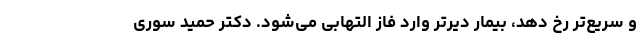
و سریع‌تر رخ دهد، بیمار دیرتر وارد فاز التهابی می‌شود. دکتر حمید سوری